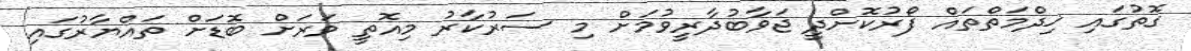
ގޮތުގައި ޚިދްމަތްތައް ފޯރުކޮށްދީ ޖަވާބުދާރީވުމަށް މި ސަރުކާރު މިއޮތީ ވަރަށް ބޮޑަށް ތައްޔާރުގައި